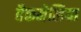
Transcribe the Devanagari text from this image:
बैकनेलिया